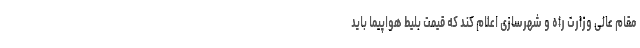
مقام عالی وزارت راه و شهرسازی اعلام کند که قیمت بلیط هواپیما باید